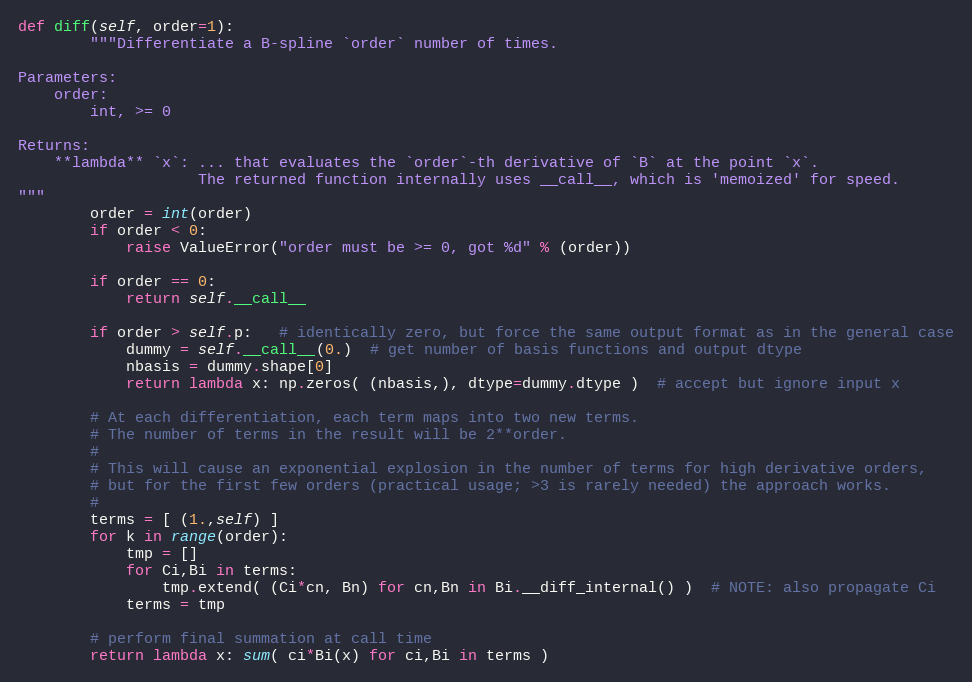
Language: Python
def diff(self, order=1):
        """Differentiate a B-spline `order` number of times.

Parameters:
    order:
        int, >= 0

Returns:
    **lambda** `x`: ... that evaluates the `order`-th derivative of `B` at the point `x`.
                    The returned function internally uses __call__, which is 'memoized' for speed.
"""
        order = int(order)
        if order < 0:
            raise ValueError("order must be >= 0, got %d" % (order))

        if order == 0:
            return self.__call__

        if order > self.p:   # identically zero, but force the same output format as in the general case
            dummy = self.__call__(0.)  # get number of basis functions and output dtype
            nbasis = dummy.shape[0]
            return lambda x: np.zeros( (nbasis,), dtype=dummy.dtype )  # accept but ignore input x

        # At each differentiation, each term maps into two new terms.
        # The number of terms in the result will be 2**order.
        #
        # This will cause an exponential explosion in the number of terms for high derivative orders,
        # but for the first few orders (practical usage; >3 is rarely needed) the approach works.
        #
        terms = [ (1.,self) ]
        for k in range(order):
            tmp = []
            for Ci,Bi in terms:
                tmp.extend( (Ci*cn, Bn) for cn,Bn in Bi.__diff_internal() )  # NOTE: also propagate Ci
            terms = tmp

        # perform final summation at call time
        return lambda x: sum( ci*Bi(x) for ci,Bi in terms )